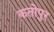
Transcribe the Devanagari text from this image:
कतोपुर